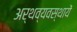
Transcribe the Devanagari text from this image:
अर्थव्यवस्थायें